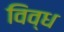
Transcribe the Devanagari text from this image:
विव्ध